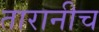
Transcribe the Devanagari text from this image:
तारानीच